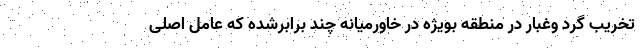
تخریب گرد وغبار در منطقه بویژه در خاورمیانه چند برابرشده که عامل اصلی